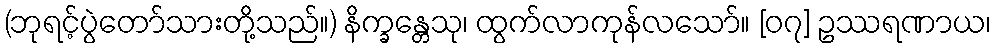
(ဘုရင့်ပွဲတော်သားတို့သည်။) နိက္ခန္တေသု၊ ထွက်လာကုန်လသော်။ [၀၇] ဥဿရဏာယ၊